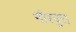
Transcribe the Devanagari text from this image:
नीरपुरा